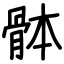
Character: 骵